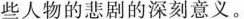
些人物的悲剧的深刻意义。